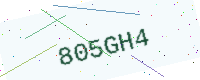
Text: 805GH4